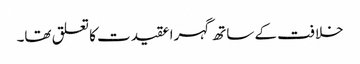
خلافت کے ساتھ گہرا عقیدت کا تعلق تھا۔